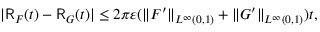
| \mathsf { R } _ { F } ( t ) - \mathsf { R } _ { G } ( t ) | \leq 2 \pi \varepsilon ( \| F ^ { \prime } \| _ { L ^ { \infty } ( 0 , 1 ) } + \| G ^ { \prime } \| _ { L ^ { \infty } ( 0 , 1 ) } ) t ,